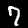
Digit: 7